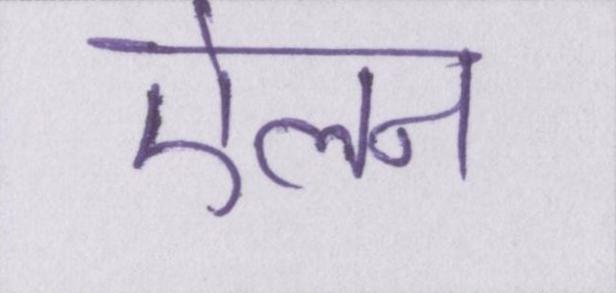
ऐलन